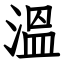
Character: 溫